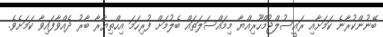
ބޭނުންކުރާނެ ކަމަށާއި ރައީސުލްޖުމްހޫރިއްޔާ މިމައްސަލަތައް ބެލުމަށް ފުރިހަަމަ އިހްތިޔާރާ ބާރު ދެއްވާފައިވާ ކަމަށެވެ.